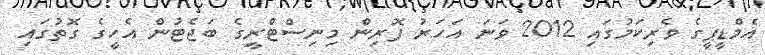
އެމްޑީޕީގެ ވެރިކަމުގައި 2012 ވަނަ އަހަރު ފޮރިން މިނިސްޓްރީގެ ބަޖެޓުން އެހީގެ ގޮތުގައި